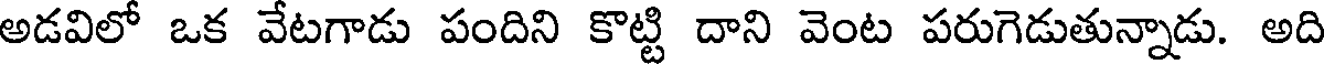
అడవిలో ఒక వేటగాడు పందిని కొట్టి దాని వెంట పరుగెడుతున్నాడు. అది